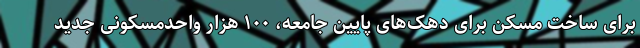
برای ساخت مسکن برای دهک‌های پایین جامعه، ۱۰۰ هزار واحدمسکونی جدید